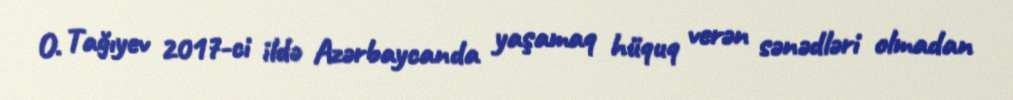
O. Tağıyev 2017-ci ildə Azərbaycanda yaşamaq hüquq verən sənədləri olmadan